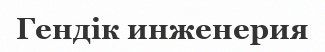
Гендік инженерия